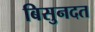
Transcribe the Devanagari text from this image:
बिसुनदत